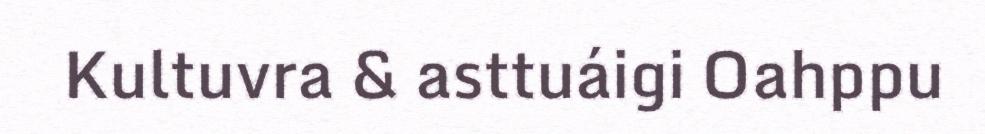
Kultuvra & asttuáigi Oahppu